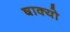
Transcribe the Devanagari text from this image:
षाक्यो